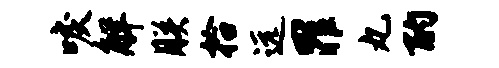
唳解朕拾远罪丸酌